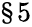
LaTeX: \S 5